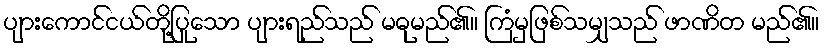
ပျားကောင်ငယ်တို့ပြုသော ပျားရည်သည် မဓုမည်၏။ ကြံမှဖြစ်သမျှသည် ဖာဏိတ မည်၏။